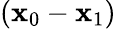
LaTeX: (\mathbf{x}_{0}-\mathbf{x}_{1})